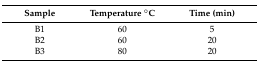
<table><thead><tr><td><b>Sample</b></td><td><b>Temperature °C</b></td><td><b>Time (min)</b></td></tr></thead><tbody><tr><td>B1</td><td>60</td><td>5</td></tr><tr><td>B2</td><td>60</td><td>20</td></tr><tr><td>B3</td><td>80</td><td>20</td></tr></tbody></table>